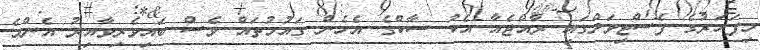
މިފަހަރުގެ ފެސްޓިވަލްގައި ރާއްޖެއާ އެކު ސާކްގެ އެހެން ގައުމުތައް ވެސް ބައިވެރިވާއިރު އެންމެ